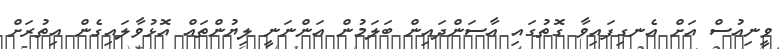
ވީނިއުސް އަށް އެނގިފައިވާ ގޮތުގައި އާސަންދައިން ބަލަމުން އަންނަނީ ލިޔުންތައް އޮޅުވާލައިގެން އިތުރަށް